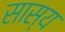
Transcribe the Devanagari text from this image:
सास्य